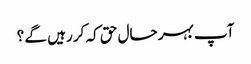
آپ بہر حال حق کہ کر رہیں گے ؟